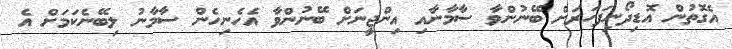
އެގޮތުން އޮޑިދޯނިފަހަރަށް ބޭނުންވާ ސާމާނާއި އިންޖީނަށް ބޭނުންވާ އެހެނިހެން ސާމާނު ލިބޭނެކަމަށް އެ